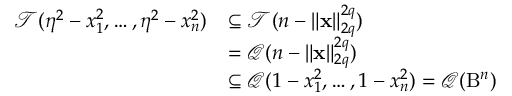
\begin{array} { r l } { \mathcal { T } ( \eta ^ { 2 } - x _ { 1 } ^ { 2 } , \dots , \eta ^ { 2 } - x _ { n } ^ { 2 } ) } & { \subseteq \mathcal { T } ( n - \| \mathbf { x } \| _ { 2 q } ^ { 2 q } ) } \\ & { = \mathcal { Q } ( n - \| \mathbf { x } \| _ { 2 q } ^ { 2 q } ) } \\ & { \subseteq \mathcal { Q } ( 1 - x _ { 1 } ^ { 2 } , \dots , 1 - x _ { n } ^ { 2 } ) = \mathcal { Q } ( \mathrm { B } ^ { n } ) } \end{array}